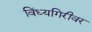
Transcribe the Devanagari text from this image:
विंध्यगिरीवर